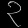
Digit: ၃